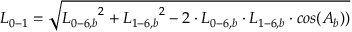
{ L _ { 0 - 1 } } = \sqrt { { L _ { 0 - 6 , b } } ^ { 2 } + { L _ { 1 - 6 , b } } ^ { 2 } - 2 \cdot { L _ { 0 - 6 , b } } \cdot { L _ { 1 - 6 , b } } \cdot c o s ( { A _ { b } } ) ) }